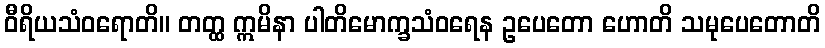
ဝီရိယသံဝရောတိ။ တတ္ထ ဣမိနာ ပါတိမောက္ခသံဝရေန ဥပေတော ဟောတိ သမုပေတောတိ